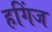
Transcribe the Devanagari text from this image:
हगिंज